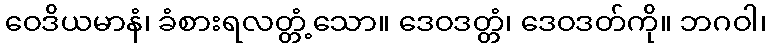
ဝေဒိယမာနံ၊ ခံစားရလတ္တံ့သော။ ဒေဝဒတ္တံ၊ ဒေဝဒတ်ကို။ ဘဂဝါ၊